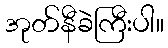
အုတ်နီခဲကြီးပါ။